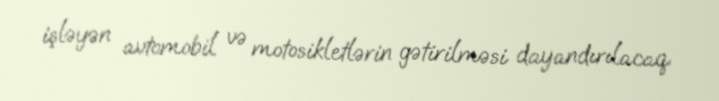
işləyən avtomobil və motosikletlərin gətirilməsi dayandırılacaq.